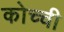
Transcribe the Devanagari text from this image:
कोच्‍ची